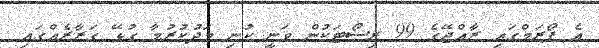
އެ ފޯރަމްގައި ރާއްޖޭގެ 99 ރިސޯޓަކުން ވަނީ ކުނި މަދުކުރުމާ ގުޅޭ ގަރާރެއްގައި